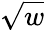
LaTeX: \sqrt{w}